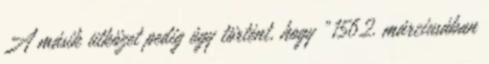
A másik ütközet pedig úgy történt, hogy „1562. márciusában